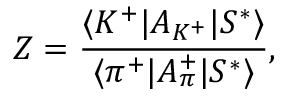
Z = { \frac { \langle { K ^ { + } | A _ { K ^ { + } } | S ^ { * } } \rangle } { \langle { \pi ^ { + } | A _ { \pi } ^ { + } | S ^ { * } } \rangle } } , \,